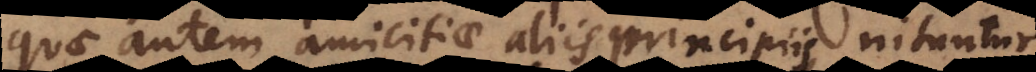
quae autem amicitiae aliis principiis nituntur